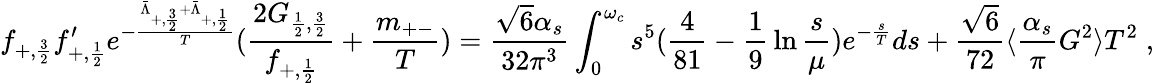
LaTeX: f_{+,{\frac{3}{2}}}f_{+,{\frac{1}{2}}}^{\prime}e^{-{\frac{\bar{\Lambda}_{+,{\frac{3}{2}}}+\bar{\Lambda}_{+,{\frac{1}{2}}}}{T}}}({\frac{2G_{{\frac{1}{2}},{\frac{3}{2}}}}{f_{+,{\frac{1}{2}}}}}+{\frac{m_{+-}}{T}})={\frac{\sqrt{6}\alpha_{s}}{32\pi^{3}}}\int_{0}^{\omega_{c}}s^{5}({\frac{4}{81}}-{\frac{1}{9}}\ln{\frac{s}{\mu}})e^{-{\frac{s}{T}}}ds+{\frac{\sqrt{6}}{72}}\langle{\frac{\alpha_{s}}{\pi}}G^{2}\rangle T^{2}\; ,